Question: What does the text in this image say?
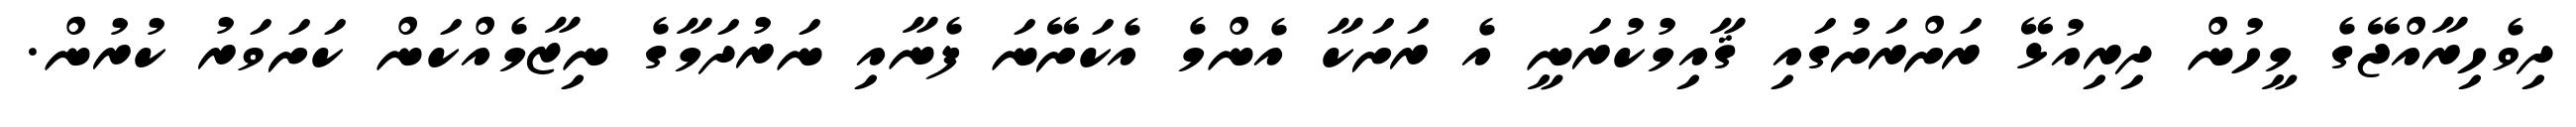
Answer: ދިވެހިރާއްޖޭގެ މީހުން ދިރިއުޅޭ ރަށްރަށުގައި ޤާއިމުކުރަނީ އެ ރަށަކާ އެންމެ އެކަށޭނަ ފެނާއި ނަރުދަމާގެ ނިޒާމެއްކަން ކަށަވަރު ކުރުން.